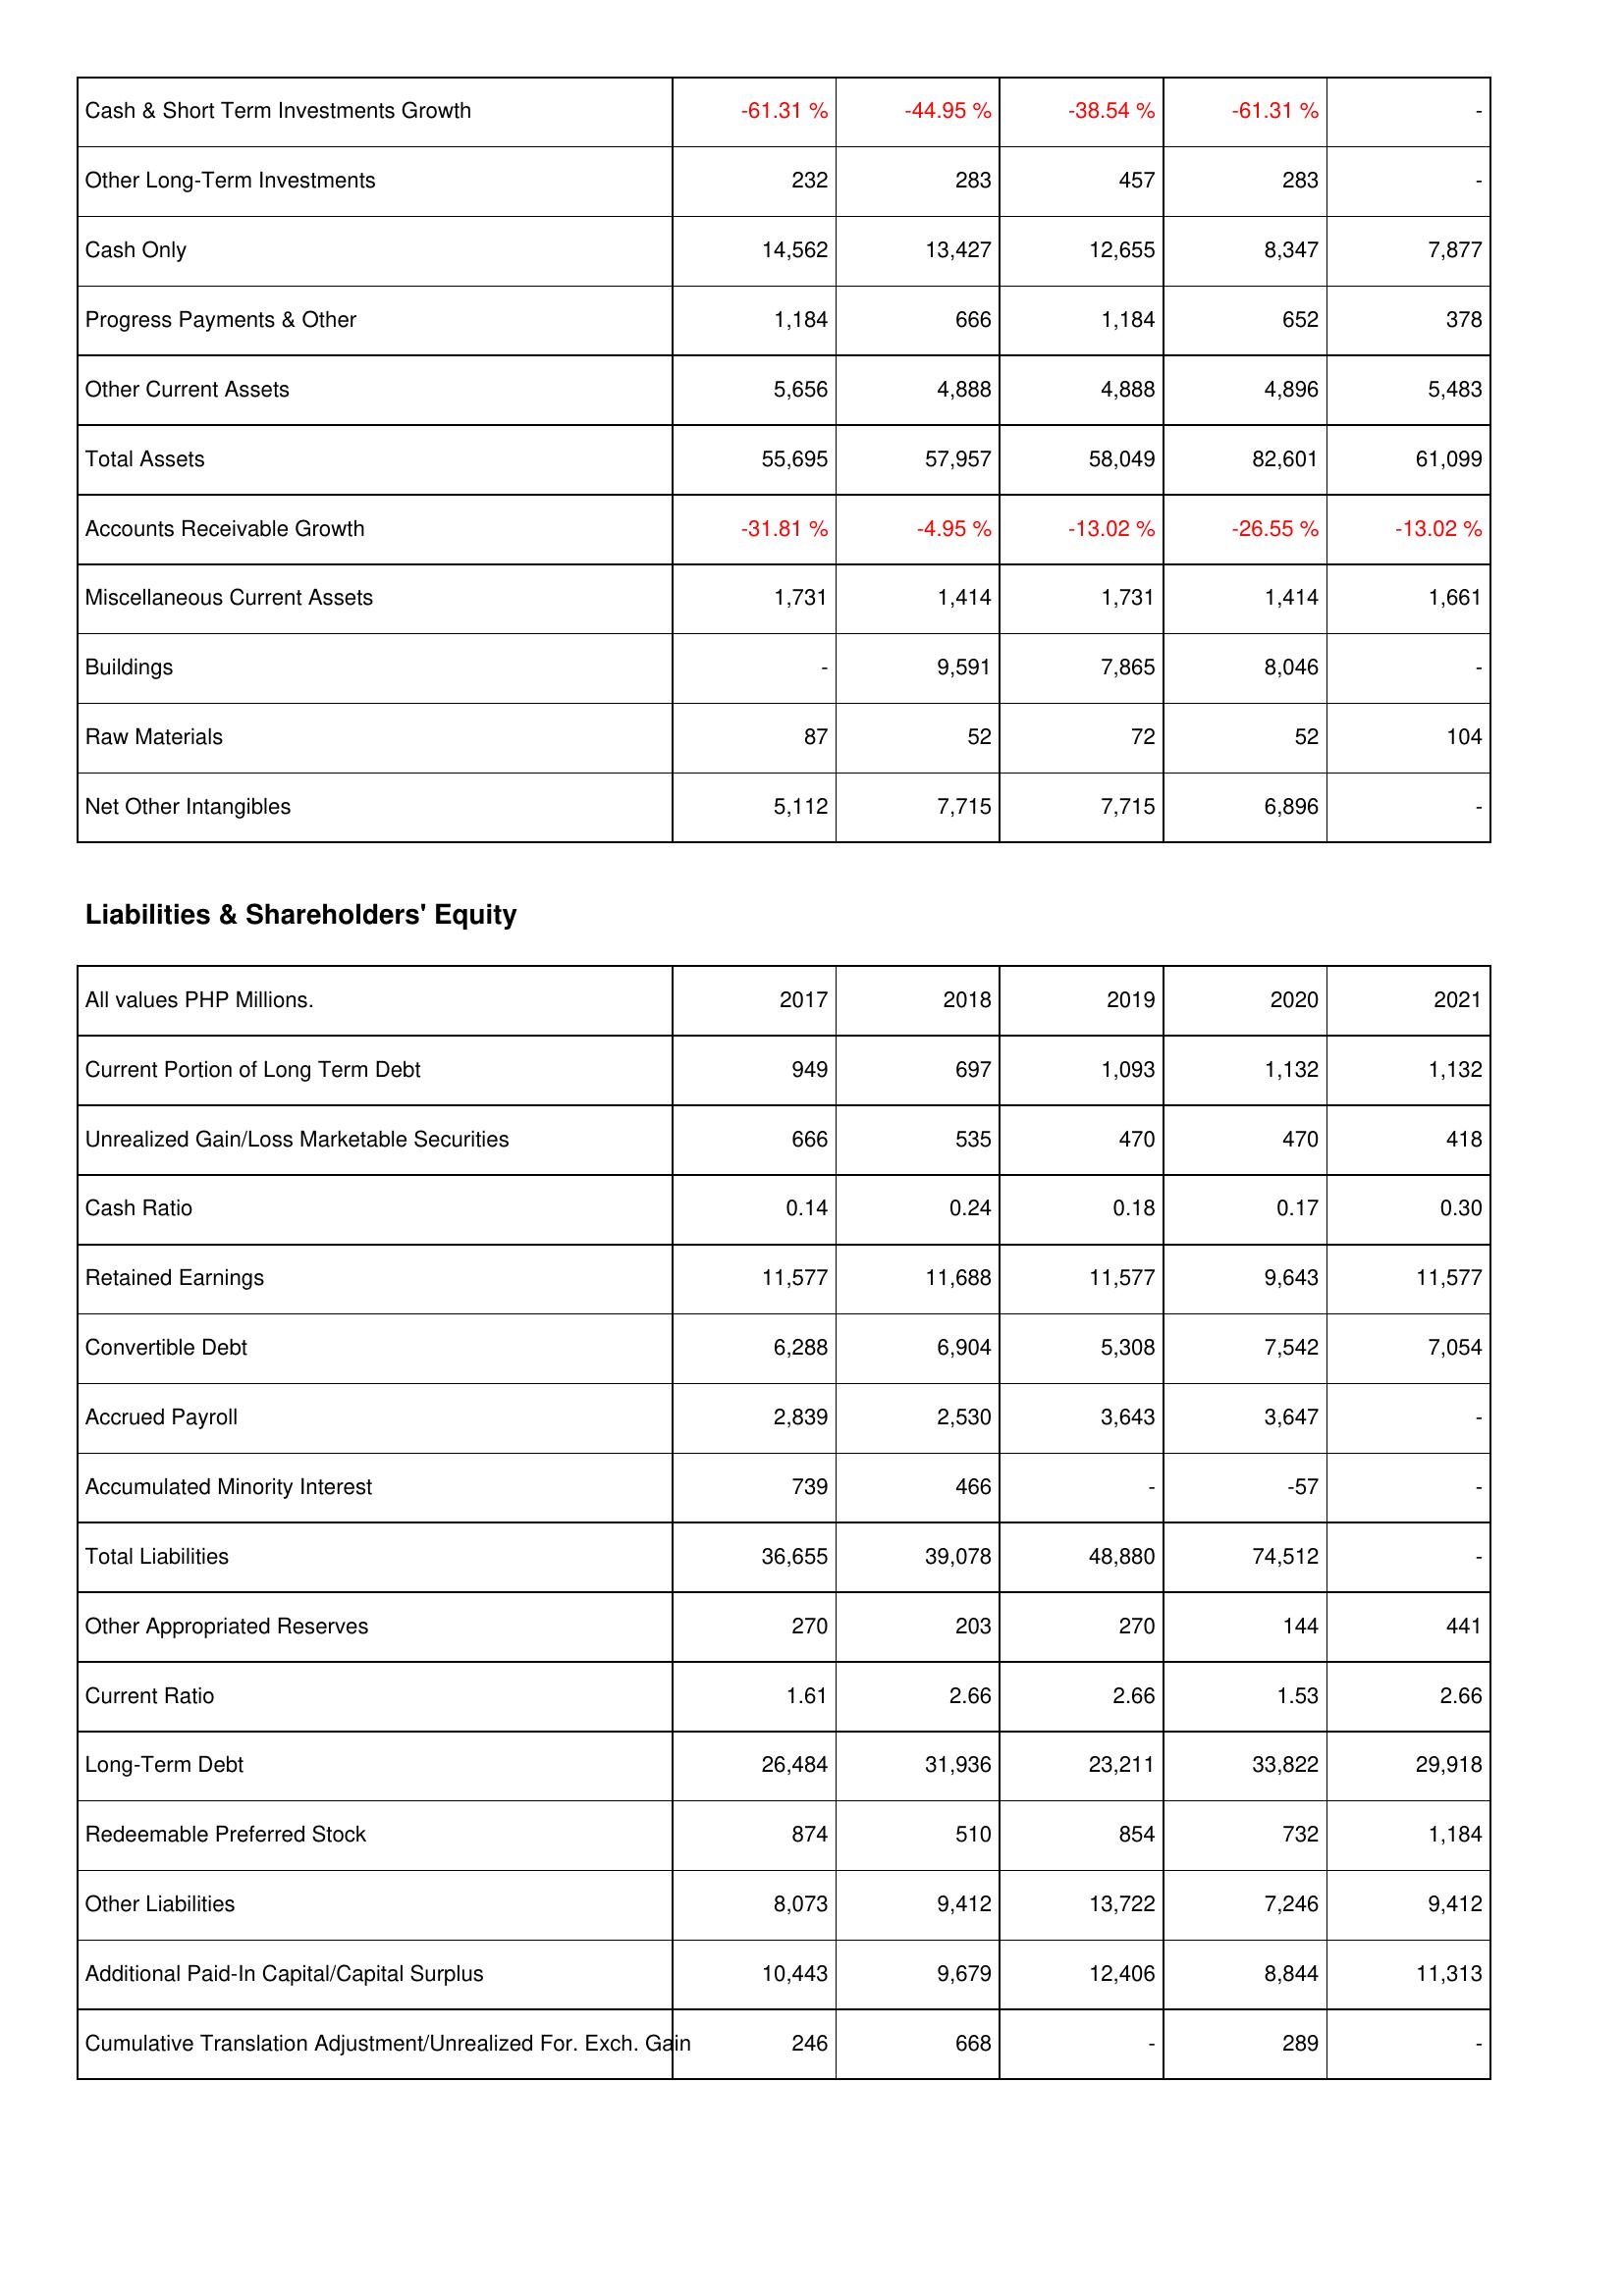
2017: Assets: Cash & Short Term Investments Growth: -61.31 %
Other Long-Term Investments: 232
Cash Only: 14,562
Progress Payments & Other: 1,184
Other Current Assets: 5,656
Total Assets: 55,695
Accounts Receivable Growth: -31.81 %
Miscellaneous Current Assets: 1,731
Buildings: -
Raw Materials: 87
Net Other Intangibles: 5,112
Liabilities & Shareholders' Equity: Current Portion of Long Term Debt: 949
Unrealized Gain/Loss Marketable Securities: 666
Cash Ratio: 0.14
Retained Earnings: 11,577
Convertible Debt: 6,288
Accrued Payroll: 2,839
Accumulated Minority Interest: 739
Total Liabilities: 36,655
Other Appropriated Reserves: 270
Current Ratio: 1.61
Long-Term Debt: 26,484
Redeemable Preferred Stock: 874
Other Liabilities: 8,073
Additional Paid-In Capital/Capital Surplus: 10,443
Cumulative Translation Adjustment/Unrealized For. Exch. Gain: 246
2018: Assets: Cash & Short Term Investments Growth: -44.95 %
Other Long-Term Investments: 283
Cash Only: 13,427
Progress Payments & Other: 666
Other Current Assets: 4,888
Total Assets: 57,957
Accounts Receivable Growth: -4.95 %
Miscellaneous Current Assets: 1,414
Buildings: 9,591
Raw Materials: 52
Net Other Intangibles: 7,715
Liabilities & Shareholders' Equity: Current Portion of Long Term Debt: 697
Unrealized Gain/Loss Marketable Securities: 535
Cash Ratio: 0.24
Retained Earnings: 11,688
Convertible Debt: 6,904
Accrued Payroll: 2,530
Accumulated Minority Interest: 466
Total Liabilities: 39,078
Other Appropriated Reserves: 203
Current Ratio: 2.66
Long-Term Debt: 31,936
Redeemable Preferred Stock: 510
Other Liabilities: 9,412
Additional Paid-In Capital/Capital Surplus: 9,679
Cumulative Translation Adjustment/Unrealized For. Exch. Gain: 668
2019: Assets: Cash & Short Term Investments Growth: -38.54 %
Other Long-Term Investments: 457
Cash Only: 12,655
Progress Payments & Other: 1,184
Other Current Assets: 4,888
Total Assets: 58,049
Accounts Receivable Growth: -13.02 %
Miscellaneous Current Assets: 1,731
Buildings: 7,865
Raw Materials: 72
Net Other Intangibles: 7,715
Liabilities & Shareholders' Equity: Current Portion of Long Term Debt: 1,093
Unrealized Gain/Loss Marketable Securities: 470
Cash Ratio: 0.18
Retained Earnings: 11,577
Convertible Debt: 5,308
Accrued Payroll: 3,643
Accumulated Minority Interest: -
Total Liabilities: 48,880
Other Appropriated Reserves: 270
Current Ratio: 2.66
Long-Term Debt: 23,211
Redeemable Preferred Stock: 854
Other Liabilities: 13,722
Additional Paid-In Capital/Capital Surplus: 12,406
Cumulative Translation Adjustment/Unrealized For. Exch. Gain: -
2020: Assets: Cash & Short Term Investments Growth: -61.31 %
Other Long-Term Investments: 283
Cash Only: 8,347
Progress Payments & Other: 652
Other Current Assets: 4,896
Total Assets: 82,601
Accounts Receivable Growth: -26.55 %
Miscellaneous Current Assets: 1,414
Buildings: 8,046
Raw Materials: 52
Net Other Intangibles: 6,896
Liabilities & Shareholders' Equity: Current Portion of Long Term Debt: 1,132
Unrealized Gain/Loss Marketable Securities: 470
Cash Ratio: 0.17
Retained Earnings: 9,643
Convertible Debt: 7,542
Accrued Payroll: 3,647
Accumulated Minority Interest: -57
Total Liabilities: 74,512
Other Appropriated Reserves: 144
Current Ratio: 1.53
Long-Term Debt: 33,822
Redeemable Preferred Stock: 732
Other Liabilities: 7,246
Additional Paid-In Capital/Capital Surplus: 8,844
Cumulative Translation Adjustment/Unrealized For. Exch. Gain: 289
2021: Assets: Cash & Short Term Investments Growth: -
Other Long-Term Investments: -
Cash Only: 7,877
Progress Payments & Other: 378
Other Current Assets: 5,483
Total Assets: 61,099
Accounts Receivable Growth: -13.02 %
Miscellaneous Current Assets: 1,661
Buildings: -
Raw Materials: 104
Net Other Intangibles: -
Liabilities & Shareholders' Equity: Current Portion of Long Term Debt: 1,132
Unrealized Gain/Loss Marketable Securities: 418
Cash Ratio: 0.30
Retained Earnings: 11,577
Convertible Debt: 7,054
Accrued Payroll: -
Accumulated Minority Interest: -
Total Liabilities: -
Other Appropriated Reserves: 441
Current Ratio: 2.66
Long-Term Debt: 29,918
Redeemable Preferred Stock: 1,184
Other Liabilities: 9,412
Additional Paid-In Capital/Capital Surplus: 11,313
Cumulative Translation Adjustment/Unrealized For. Exch. Gain: -